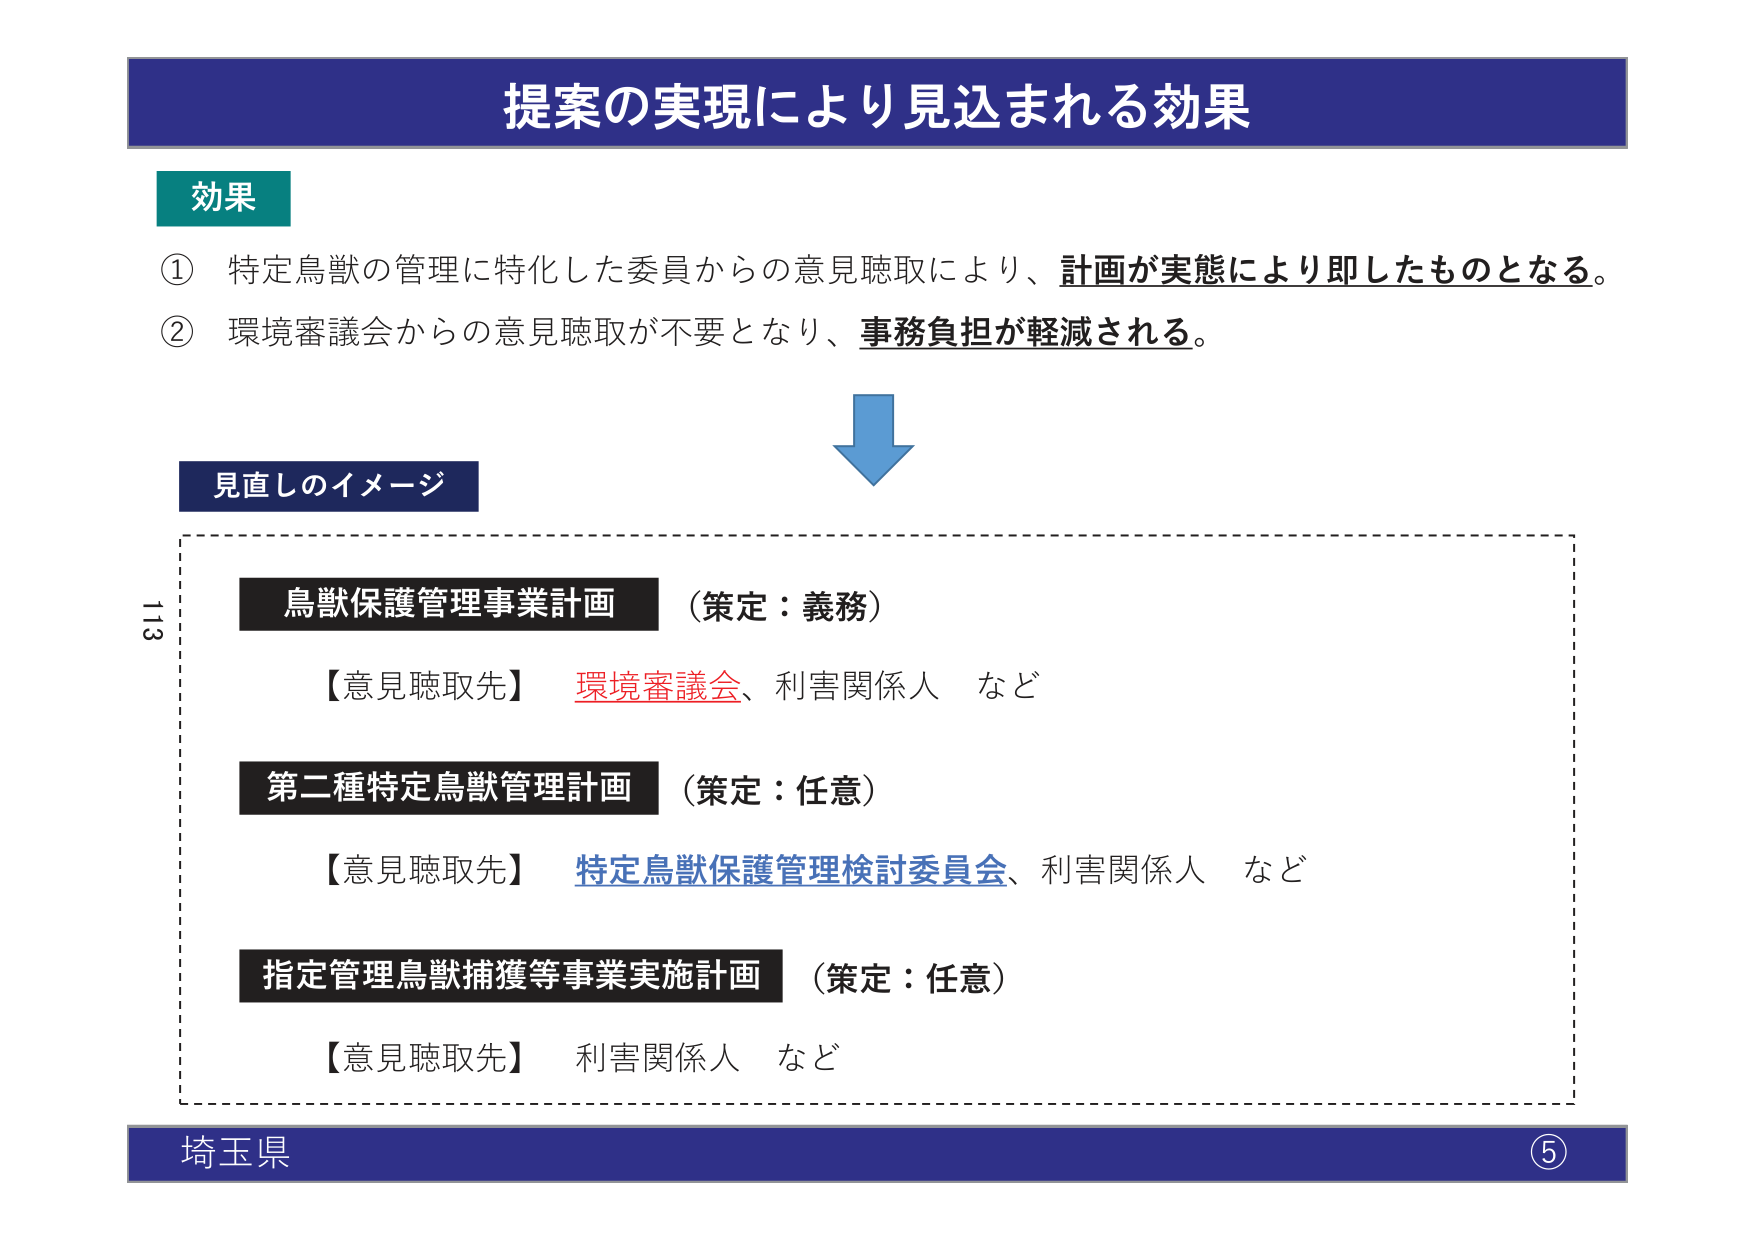
提案の実現により見込まれる効果

効果
① 特定鳥獣の管理に特化した委員からの意見聴取により、計画が実態により即したものとなる。
② 環境審議会からの意見聴取が不要となり、事務負担が軽減される。

見直しのイメージ

鳥獣保護管理事業計画 （策定：義務）
【意見聴取先】 環境審議会、利害関係人 など

第二種特定鳥獣管理計画 （策定：任意）
【意見聴取先】 特定鳥獣保護管理検討委員会、利害関係人 など

指定管理鳥獣捕獲等事業実施計画 （策定：任意）
【意見聴取先】 利害関係人 など

埼玉県 ⑤

113